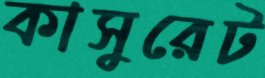
কাসুরেট